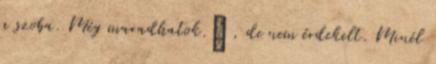
a szoba. Még maradhatok.„ , de nem érdekelt. Minél